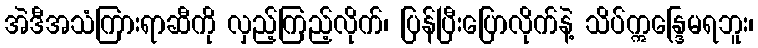
အဲဒီအသံကြားရာဆီကို လှည့်ကြည့်လိုက်၊ ပြန်ပြီးပြောလိုက်နဲ့ သိပ်ဣန္ဒြေမရဘူး၊